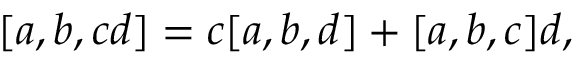
\lbrack a , b , c d ] = c [ a , b , d ] + [ a , b , c ] d ,